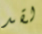
لقد